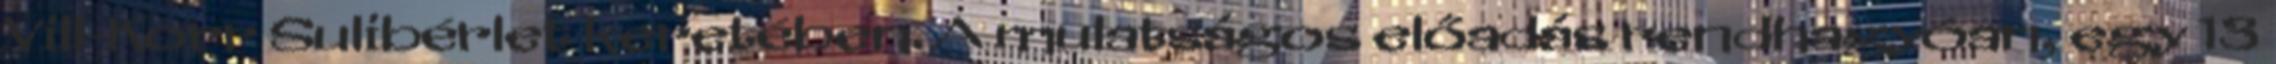
Vill-Korr Sulibérlet keretében. A mulatságos előadás rendhagyóan, egy 13